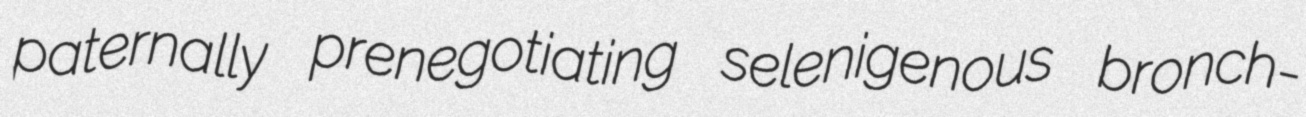
paternally prenegotiating selenigenous bronch-